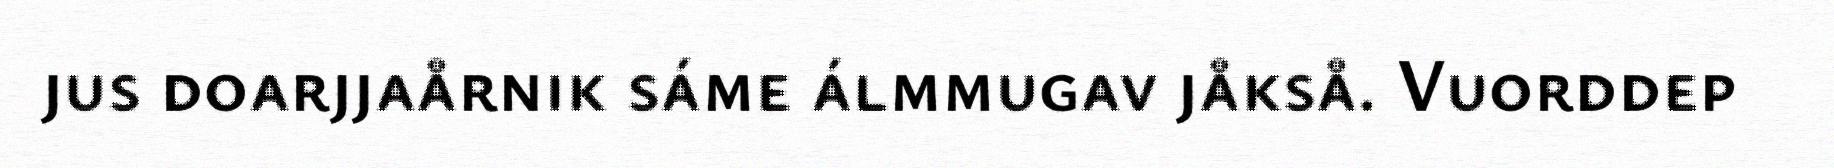
jus doarjjaårnik sáme álmmugav jåkså. Vuorddep